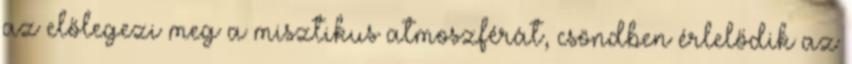
az előlegezi meg a misztikus atmoszférát, csöndben érlelődik az